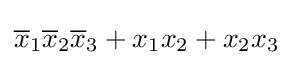
{\overline {x}}_{1}{\overline {x}}_{2}{\overline {x}}_{3}+x_{1}x_{2}+x_{2}x_{3}